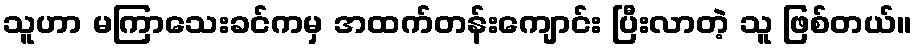
သူဟာ မကြာသေးခင်ကမှ အထက်တန်းကျောင်း ပြီးလာတဲ့ သူ ဖြစ်တယ်။